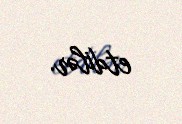
etdilər.